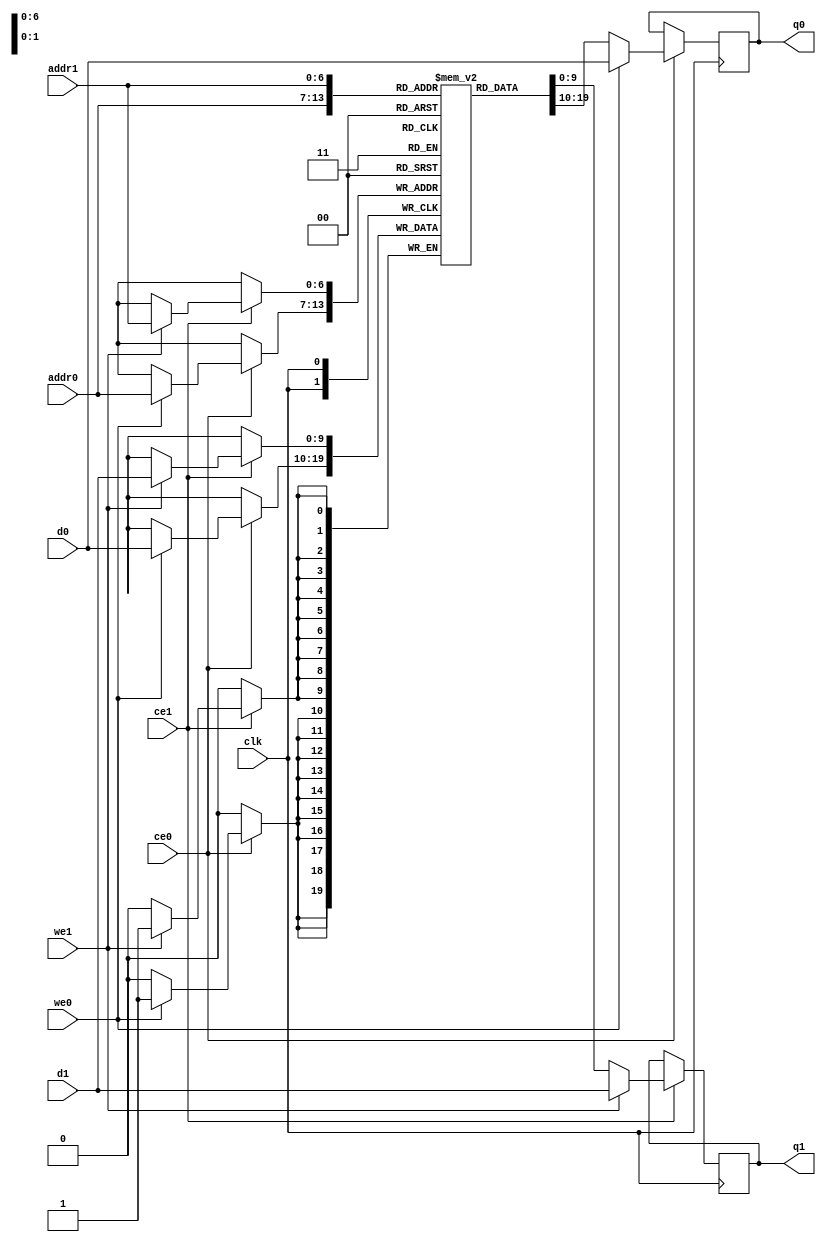
// ==============================================================
// File generated by Vivado(TM) HLS - High-Level Synthesis from C, C++ and SystemC
// Version: 2018.1
// Copyright (C) 1986-2018 Xilinx, Inc. All Rights Reserved.
// 
// ==============================================================

`timescale 1 ns / 1 ps
module handle_packet_cmpcGz_memcore_ram (addr0, ce0, d0, we0, q0, addr1, ce1, d1, we1, q1,  clk);

parameter DWIDTH = 10;
parameter AWIDTH = 7;
parameter MEM_SIZE = 128;

input[AWIDTH-1:0] addr0;
input ce0;
input[DWIDTH-1:0] d0;
input we0;
output reg[DWIDTH-1:0] q0;
input[AWIDTH-1:0] addr1;
input ce1;
input[DWIDTH-1:0] d1;
input we1;
output reg[DWIDTH-1:0] q1;
input clk;

(* ram_style = "block" *)reg [DWIDTH-1:0] ram[0:MEM_SIZE-1];




always @(posedge clk)  
begin 
    if (ce0) 
    begin
        if (we0) 
        begin 
            ram[addr0] <= d0; 
            q0 <= d0;
        end 
        else 
            q0 <= ram[addr0];
    end
end


always @(posedge clk)  
begin 
    if (ce1) 
    begin
        if (we1) 
        begin 
            ram[addr1] <= d1; 
            q1 <= d1;
        end 
        else 
            q1 <= ram[addr1];
    end
end


endmodule


`timescale 1 ns / 1 ps
module handle_packet_cmpcGz_memcore(
    reset,
    clk,
    address0,
    ce0,
    we0,
    d0,
    q0,
    address1,
    ce1,
    we1,
    d1,
    q1);

parameter DataWidth = 32'd10;
parameter AddressRange = 32'd128;
parameter AddressWidth = 32'd7;
input reset;
input clk;
input[AddressWidth - 1:0] address0;
input ce0;
input we0;
input[DataWidth - 1:0] d0;
output[DataWidth - 1:0] q0;
input[AddressWidth - 1:0] address1;
input ce1;
input we1;
input[DataWidth - 1:0] d1;
output[DataWidth - 1:0] q1;



handle_packet_cmpcGz_memcore_ram handle_packet_cmpcGz_memcore_ram_U(
    .clk( clk ),
    .addr0( address0 ),
    .ce0( ce0 ),
    .d0( d0 ),
    .we0( we0 ),
    .q0( q0 ),
    .addr1( address1 ),
    .ce1( ce1 ),
    .d1( d1 ),
    .we1( we1 ),
    .q1( q1 ));

endmodule